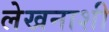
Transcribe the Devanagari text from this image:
लेखनाशी